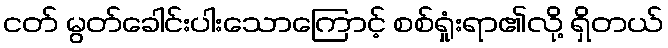
ငတ် မွတ်ခေါင်းပါးသောကြောင့် စစ်ရှုံးရာ၏လို့ ရှိတယ်